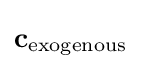
\mathbf {c} _{\text{exogenous}}